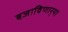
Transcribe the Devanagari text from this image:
बजाविणार्‍या